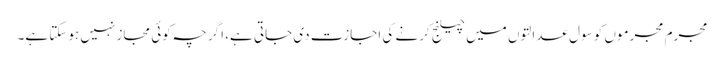
مجرم مجرموں کو سول عدالتوں میں چیلنج کرنے کی اجازت دی جاتی ہے، اگرچہ کوئی مجاز نہیں ہوسکتا ہے۔